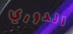
الدوري